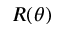
R ( \theta )